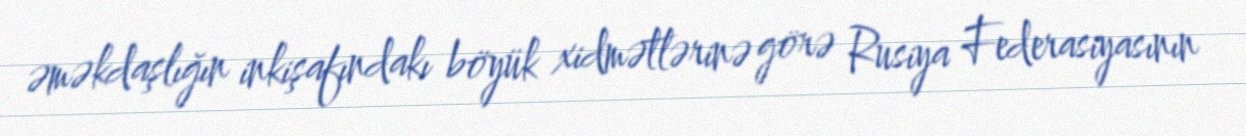
əməkdaşlığın inkişafındakı böyük xidmətlərinə görə Rusiya Federasiyasının